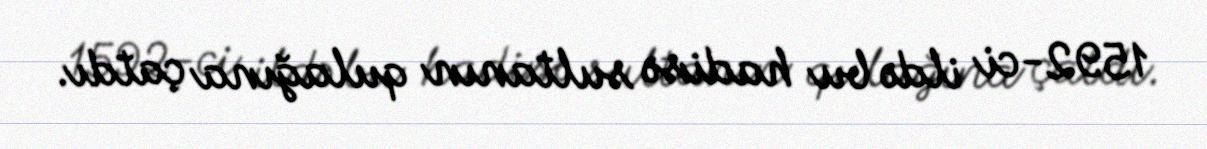
1592-ci ildə bu hadisə sultanın qulağına çatdı.